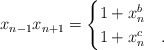
\begin{align*}x_{n-1}x_{n+1} = \begin{cases} 1 + x_n^b & \\1 + x_n^c &.\end{cases}\end{align*}